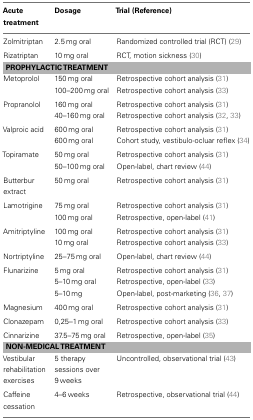
<table><thead><tr><td><b>Acute treatment</b></td><td><b>Dosage</b></td><td><b>Trial (Reference)</b></td></tr></thead><tbody><tr><td>Zolmitriptan</td><td>2.5 mg oral</td><td>Randomized controlled trial (RCT) (29)</td></tr><tr><td>Rizatriptan</td><td>10 mg oral</td><td>RCT, motion sickness (30)</td></tr><tr><td colspan="3"><b>PROPHYLACTIC TREATMENT</b></td></tr><tr><td>Metoprolol</td><td>150 mg oral</td><td>Retrospective cohort analysis (31)</td></tr><tr><td></td><td>100–200 mg oral</td><td>Retrospective cohort analysis (33)</td></tr><tr><td>Propranolol</td><td>160 mg oral</td><td>Retrospective cohort analysis (31)</td></tr><tr><td></td><td>40–160 mg oral</td><td>Retrospective cohort analysis (32, 33)</td></tr><tr><td>Valproic acid</td><td>600 mg oral</td><td>Retrospective cohort analysis (31)</td></tr><tr><td></td><td>600 mg oral</td><td>Cohort study, vestibulo-ocluar reflex (34)</td></tr><tr><td>Topiramate</td><td>50 mg oral</td><td>Retrospective cohort analysis (31)</td></tr><tr><td></td><td>50–100 mg oral</td><td>Open-label, chart review (44)</td></tr><tr><td>Butterbur extract</td><td>50 mg oral</td><td>Retrospective cohort analysis (31)</td></tr><tr><td>Lamotrigine</td><td>75 mg oral</td><td>Retrospective cohort analysis (31)</td></tr><tr><td></td><td>100 mg oral</td><td>Retrospective, open-label (41)</td></tr><tr><td>Amitriptyline</td><td>100 mg oral</td><td>Retrospective cohort analysis (31)</td></tr><tr><td></td><td>10 mg oral</td><td>Retrospective cohort analysis (33)</td></tr><tr><td>Nortriptyline</td><td>25–75 mg oral</td><td>Open-label, chart review (44)</td></tr><tr><td>Flunarizine</td><td>5 mg oral</td><td>Retrospective cohort analysis (31)</td></tr><tr><td></td><td>5–10 mg oral</td><td>Retrospective, open-label (33)</td></tr><tr><td></td><td>5–10 mg</td><td>Open-label, post-marketing (36, 37)</td></tr><tr><td>Magnesium</td><td>400 mg oral</td><td>Retrospective cohort analysis (31)</td></tr><tr><td>Clonazepam</td><td>0,25–1 mg oral</td><td>Retrospective cohort analysis (33)</td></tr><tr><td>Cinnarizine</td><td>37.5–75 mg oral</td><td>Retrospective, open-label (35)</td></tr><tr><td colspan="3"><b>NON-MEDICAL TREATMENT</b></td></tr><tr><td>Vestibular rehabilitation exercises</td><td>5 therapy sessions over 9 weeks</td><td>Uncontrolled, observational trial (43)</td></tr><tr><td>Caffeine cessation</td><td>4–6 weeks</td><td>Retrospective, observational trial (44)</td></tr></tbody></table>